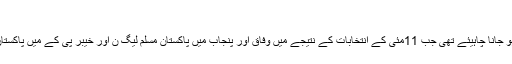
‘‘
میاں نواز شریف اور جناب عمران خان میں دوستی اُس وقت ہی ہو جانا چاہیئے تھی جب 11مئی کے انتخابات کے نتیجے میں وفاق اور پنجاب میں پاکستان مسلم لیگ ن اور خیبر پی کے میں پاکستان تحریکِ انصاف کو عوام کی طرف سے بھاری مینڈیٹ مِلا تھا۔